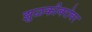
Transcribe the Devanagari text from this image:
झुळकीबरोबर